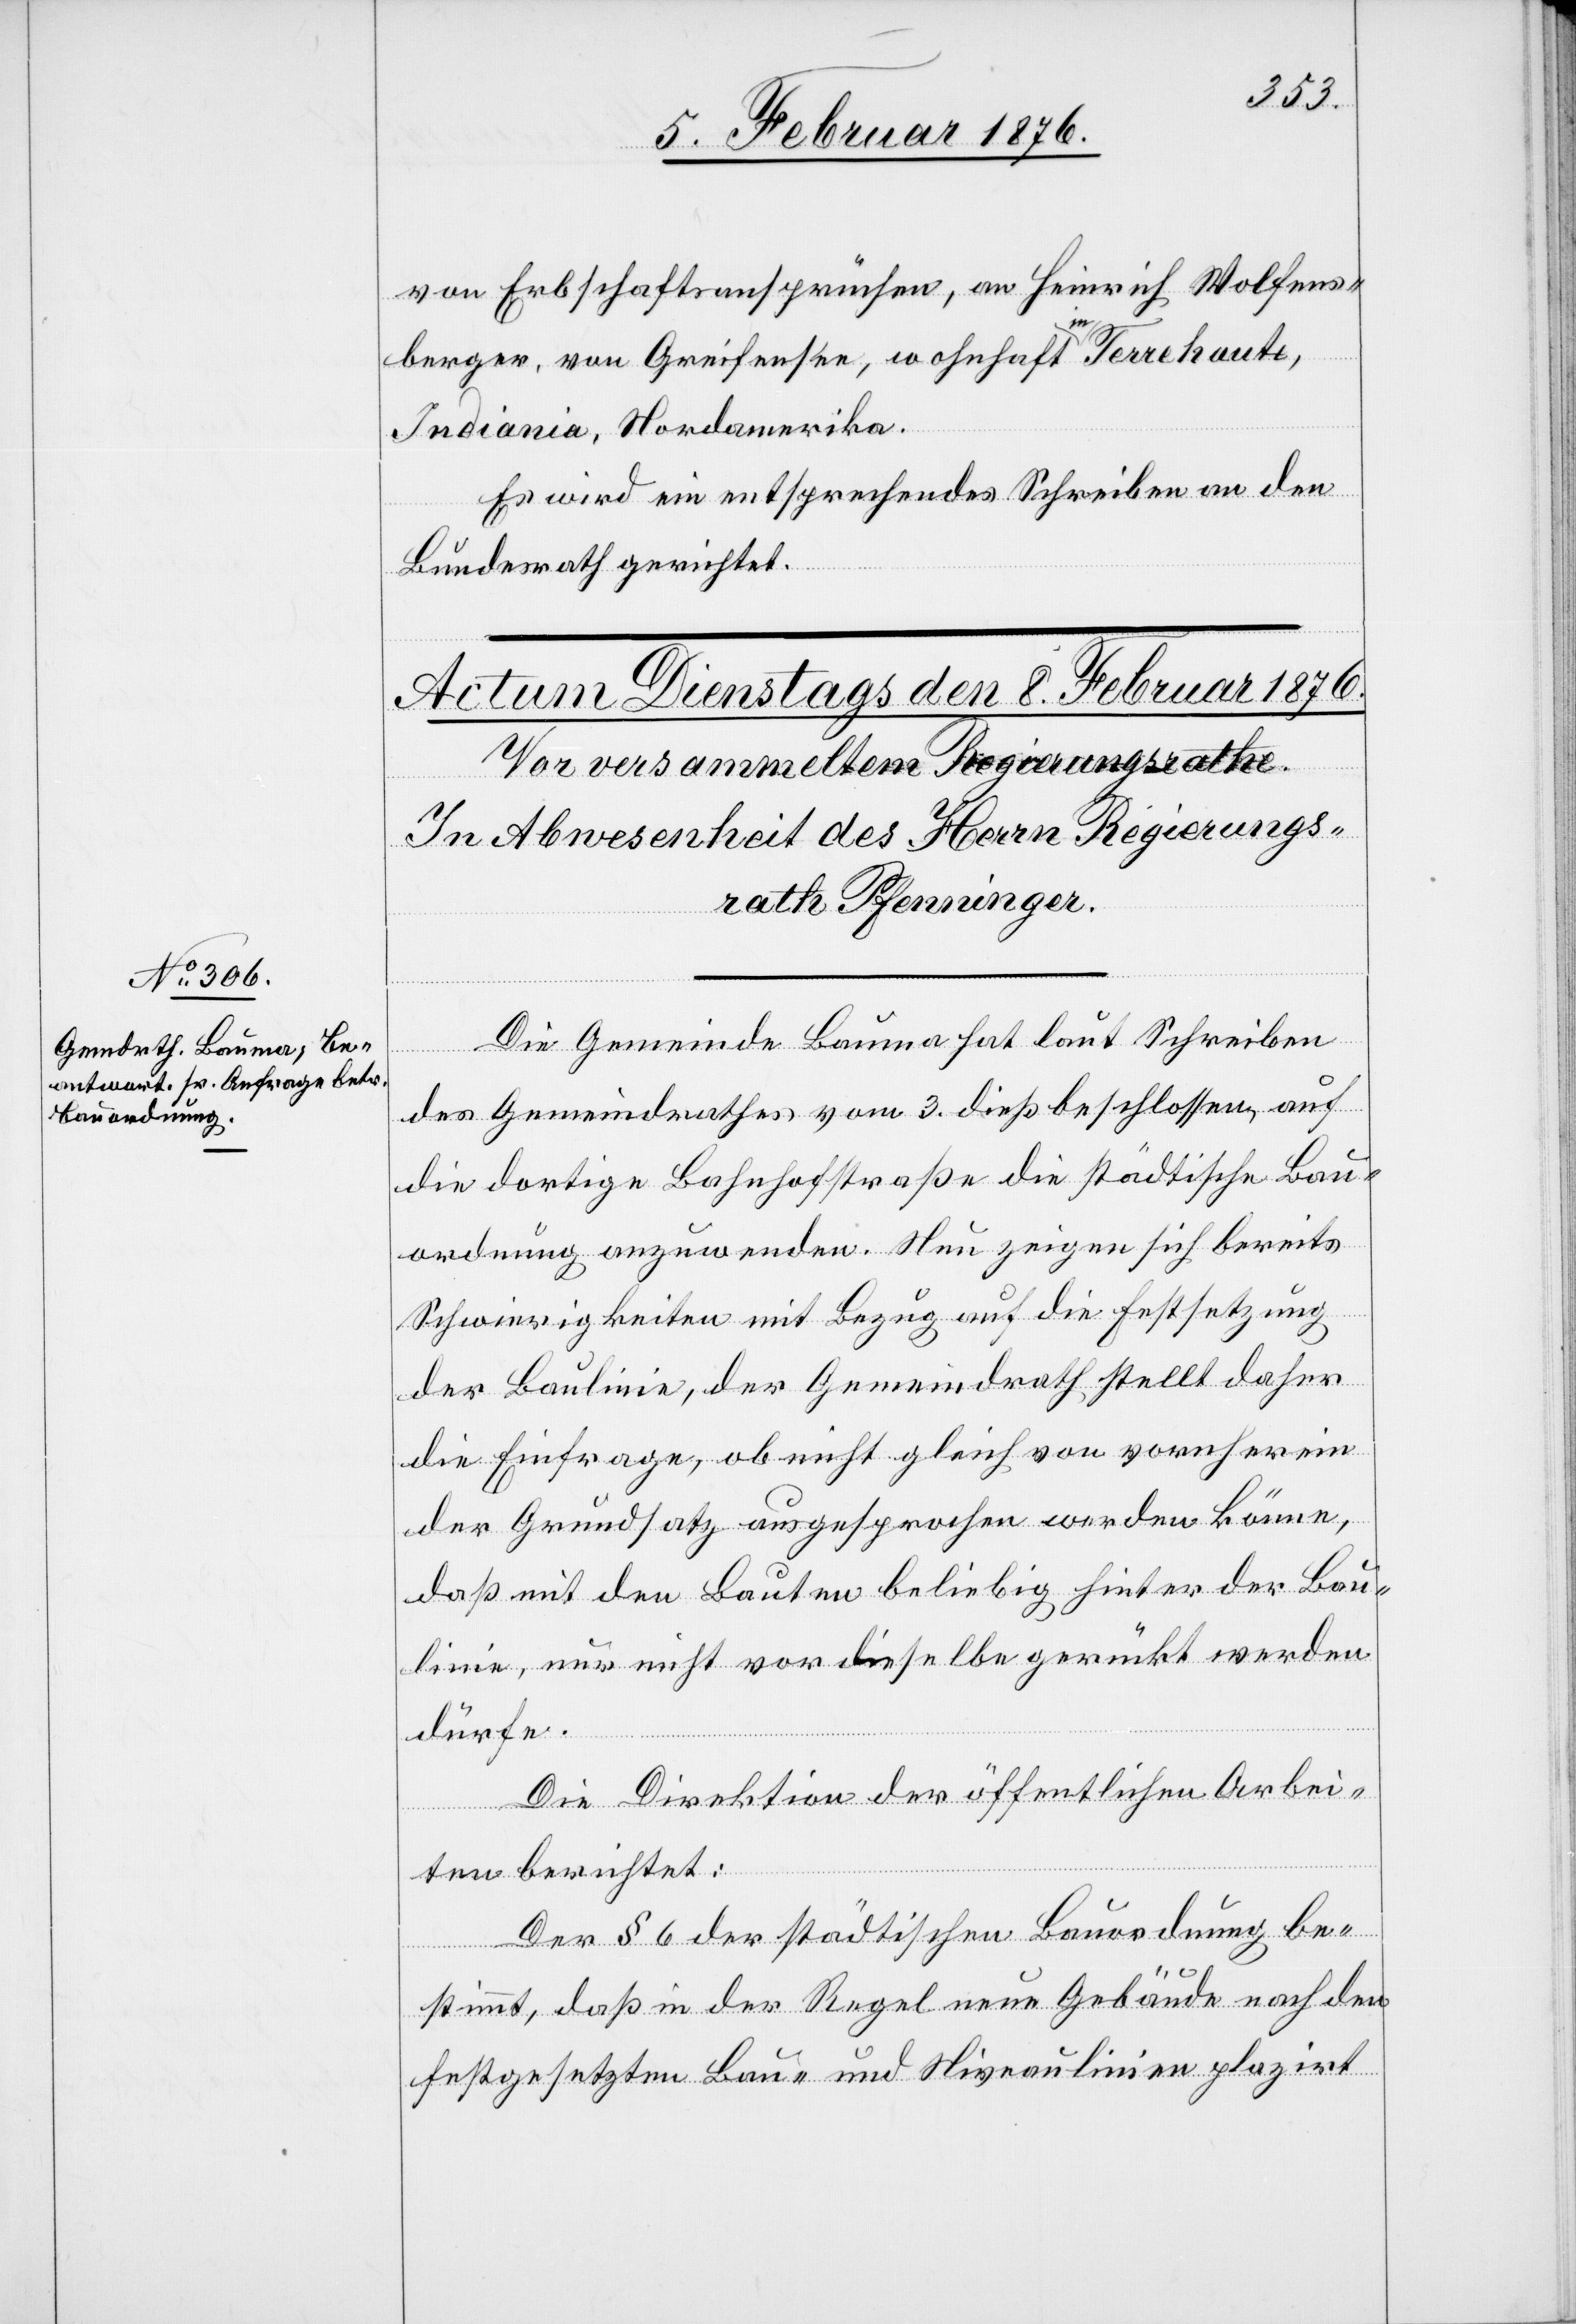
von Erbschaftsgesuchen, an Heinrich Wolfens¬
burger, von Greifensee, wohnhaft in Terrehaute,
Indiania, Nordamerika.
Es wird ein entsprechendes Schreiben an den
Bundesrath gerichtet.
Die Gemeinde Bauma hat laut Schreiben
des Gemeindrathes vom 3. dieß beschlossen, auf
die dortigen Bahnhofstraße die städtische Bau¬
ordnung anzuwenden. Nun zeigen sich bereits
Schwierigkeiten mit Bezug auf die Festsetzung
der Baulinie, der Gemeindrath stellt daher
die Einfrage, ob nicht gleich von vornherein
der Grundsatz ausgesprochen werden könne,
daß mit den Bauten beliebig hinter der Bau¬
linie, nur nicht vor dieselbe gerückt werden
dürfe.
Die Direktion der öffentlichen Arbei¬
ten berichtet:
Der § 6 der städtischen Bauordnung be¬
stimmt, daß in der Regel neue Gebäude nach der
festgesetzten Bau- und Niveaulinie platzirt